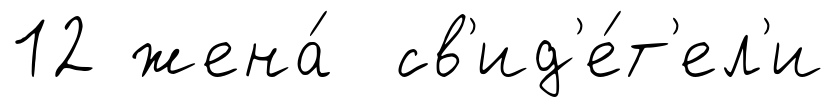
12 жена́ св'ид'е́т'ел'и